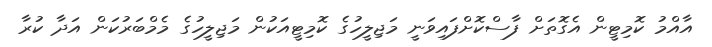
އާއްމު ކޮމިޓީން އެގޮތަށް ފާސްކޮށްފައިވަނީ މަޖިލީހުގެ ކޮމިޓީއަކުން މަޖިލީހުގެ މެމްބަރުކަން އަދާ ކުރާ